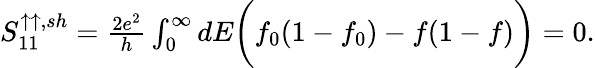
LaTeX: \begin{array}{r}{{S_{11}^{\uparrow\uparrow,sh}=\frac{2e^{2}}{h}\int_{0}^{\infty}dE\bigg(f_{0}(1-f_{0})-f(1-f)\bigg)=0.}}\end{array}